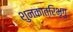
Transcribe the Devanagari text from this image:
शुनकात्रिभृगु